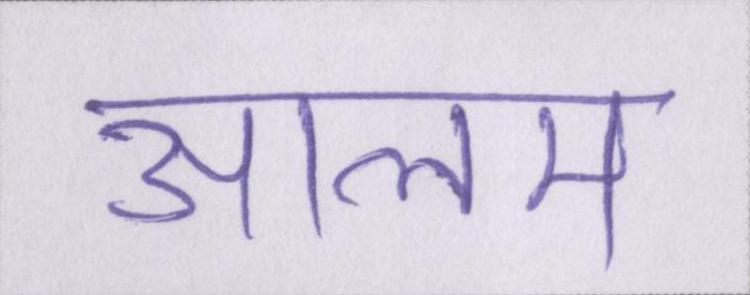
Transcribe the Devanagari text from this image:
आलम